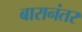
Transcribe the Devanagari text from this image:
बारानंतर